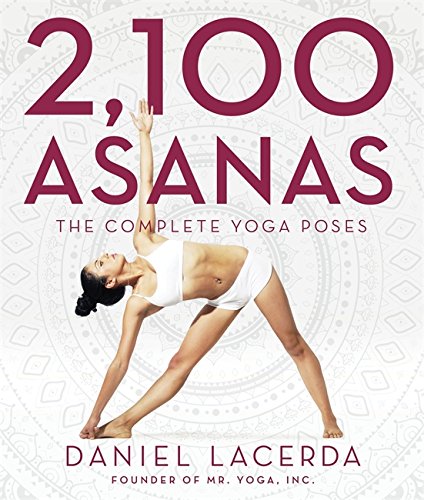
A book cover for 2,100 Asanas: The Complete Yoga Poses; Daniel Lacerda; Health, Fitness & Dieting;